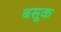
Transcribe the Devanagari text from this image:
बसूक